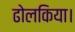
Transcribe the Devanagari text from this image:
ढोलकिया।